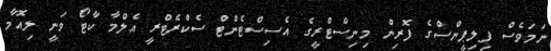
ނަމަވެސް ފިލިޕީންސްގެ ފޮރިން މިނިސްޓްރީގެ އެސިސްޓެންޓް ސެކްރެޓްރީ އެލްމާ ކާޓޯ ވަނީ ލިއޮމާ